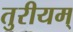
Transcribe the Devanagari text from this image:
तुरीयम्‌